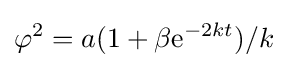
\varphi ^{2}=a(1+\beta \mathrm {e} ^{-2kt})/k